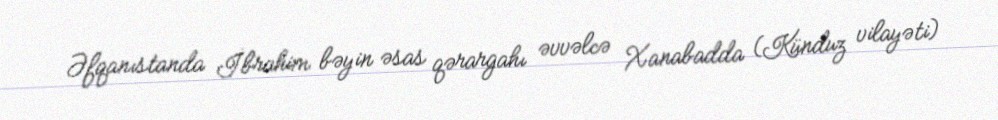
Əfqanıstanda İbrahim bəyin əsas qərargahı əvvəlcə Xanabadda (Künduz vilayəti)